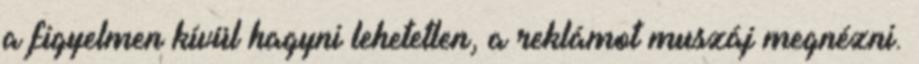
a figyelmen kívül hagyni lehetetlen, a reklámot muszáj megnézni.